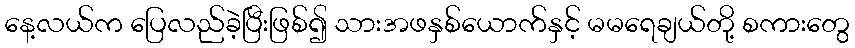
နေ့လယ်က ပြေလည်ခဲ့ပြီးဖြစ်၍ သားအဖနှစ်ယောက်နှင့် မမရေချယ်တို့ စကားတွေ